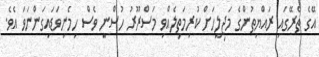
އޭގެ ތެރޭގައި ރައްޔިތުންގެ މަޖިލީހަށް ކުރިމަތިލެއްވި މަސްރޫރު ހުސްނީ ވެސް ހިމެނިވަޑައިގަންނަވަ އެވެ.